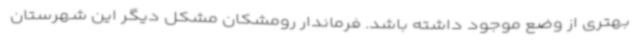
بهتری از وضع موجود داشته باشد. فرماندار رومشکان مشکل دیگر این شهرستان